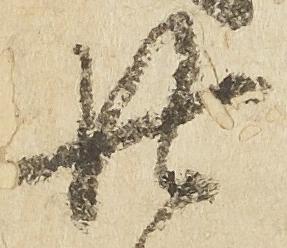
廿